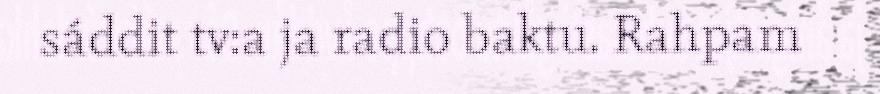
sáddit tv:a ja radio baktu. Rahpam